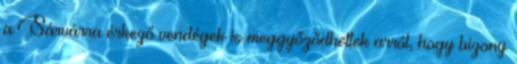
a Sárvárra érkező vendégek is meggyőződhettek arról, hogy bizony